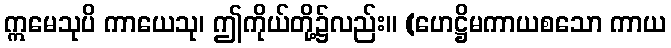
ဣမေသုပိ ကာယေသု၊ ဤကိုယ်တို့၌လည်း။ (ဟေဋ္ဌိမကာယစသော ကာယ